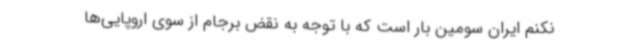
نکنم ایران سومین بار است که با توجه به نقض برجام از سوی اروپایی‌ها